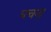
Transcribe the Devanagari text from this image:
घचना